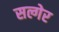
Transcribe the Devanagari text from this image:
सल्गेर